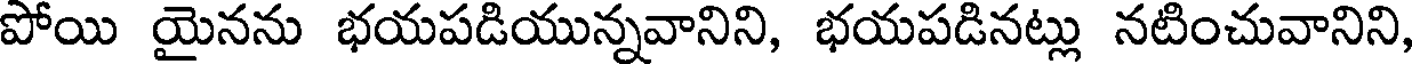
పోయి యైనను భయపడియున్నవానిని, భయపడినట్లు నటించువానిని,